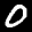
Label: 0